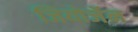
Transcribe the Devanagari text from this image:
जियोर्जेन